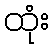
ထုံး